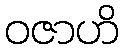
ဝဇာဟိ